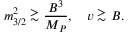
m _ { 3 / 2 } ^ { 2 } \stackrel { _ { \textstyle > } } { _ { \displaystyle \sim } } \frac { B ^ { 3 } } { M _ { P } } , \quad v \stackrel { _ { \textstyle > } } { _ { \displaystyle \sim } } B .